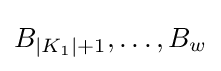
B_{|K_{1}|+1},\ldots ,B_{w}